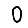
Digit: 0